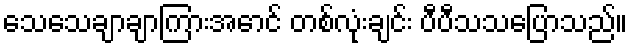
သေသေချာချာကြားအောင် တစ်လုံးချင်း ပီပီသသပြောသည်။